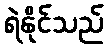
ရဲနိုင်သည်